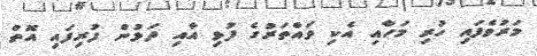
މަރުވެފައި ހުރި މަހާއި އެކި ވައްތަރުގެ ފުޅި އާއި ދަޅުން ފުރިފައި އޮތް